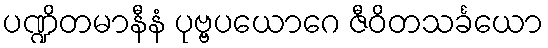
ပဏ္ဍိတမာနီနံ ပုဗ္ဗပယောဂေ ဇီဝိတသင်္ခယော